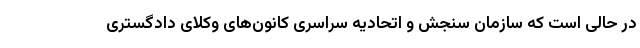
در حالی است که سازمان سنجش و اتحادیه سراسری کانون‌های وکلای دادگستری